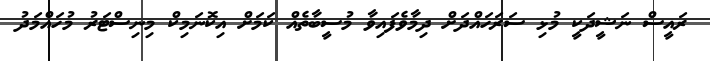
ރައީސް ނަޝީދަކީ މުޅި ސަރަހައްދަށް ދިމާވެފައިވާ މުސީބާތެއް ކަމަަށް އިކޮނަމިކް މިނިސްޓަރު މުހައްމަދު